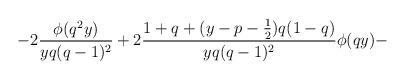
LaTeX: \begin{align*}-2\frac{\phi(q^2y)}{yq(q-1)^2} +2 \frac{1+q+(y-p-\frac{1}{2})q(1-q)}{yq(q-1)^2}\phi(qy)-\end{align*}